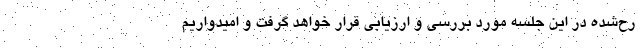
رح‌شده در این جلسه مورد بررسی و ارزیابی قرار خواهد گرفت و امیدواریم